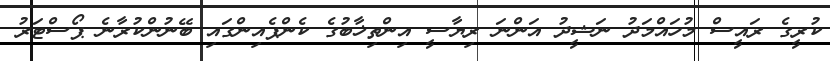
ކުރީގެ ރައީސް މުހައްމަދު ނަޝީދު އަންނަ ރިޔާސީ އިންތިޚާބުގެ ކެންޕެއިންގައި ބޭނުންކުރާނެ ޕޯސްޓަރު